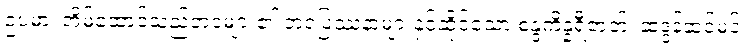
ဥပမာ၊ အိမ်ထောင်သည်ဘဝများ၏ ဘဝပြဿနာများနှင့်ဆိုင်သော စန္ဒကိန္နရီဇာတ်၊ ဆဒ္ဒန်ဆင်မင်း